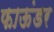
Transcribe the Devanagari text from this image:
फाऊंडर